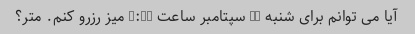
آیا می توانم برای شنبه 16 سپتامبر ساعت 8:00 میز رزرو کنم. متر؟